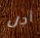
أجل